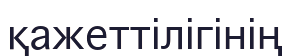
қажеттілігінің